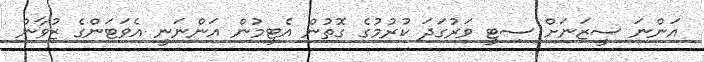
އަންނަ ސީޒަނަށް ސިޓީ ވަރުގަދަ ކުރުމުގެ ގޮތުން އެޓީމުން އަންނަނީ އެވަޓަންގެ ޒުވާން